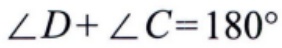
\(\angle D+\angle C = 180^{\circ}\)